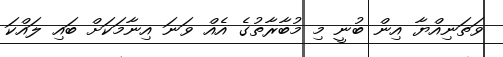
ވަތަނިއްޔާ އިން ބުނީ މި މުބާރާތުގެ އެއް ވަނަ އިނާމަކަށް ބައި ލައްކަ